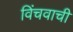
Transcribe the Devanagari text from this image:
विंचवाची